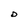
Character: D